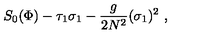
S _ { 0 } ( \Phi ) - \tau _ { 1 } \sigma _ { 1 } - { \frac { g } { 2 N ^ { 2 } } } ( \sigma _ { 1 } ) ^ { 2 } \ ,